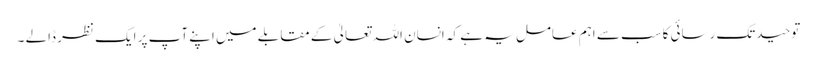
توحیدتک رسائی کاسب سے اہم عامل یہ ہے کہ انسان اللہ تعالیٰ کے مقابلے میں اپنے آپ پر ایک نظر ڈالے ۔